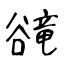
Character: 𧯇